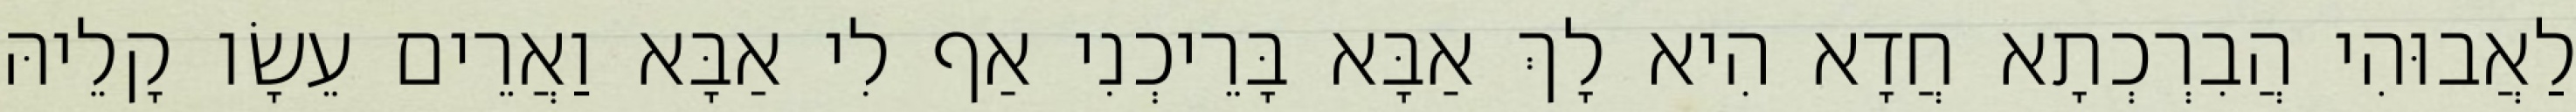
לַאֲבוּהִי הֲבִרְכְתָא חֲדָא הִיא לָךְ אַבָּא בָּרֵיכְנִי אַף לִי אַבָּא וַאֲרֵים עֵשָׂו קָלֵיהּ